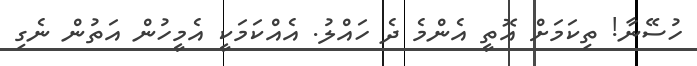
ހުސޭނާ! ތިކަމަށް އޮތީ އެންމެ ދެ ހައްލު. އެއްކަމަކީ އެމީހުން އަތުން ނެގި